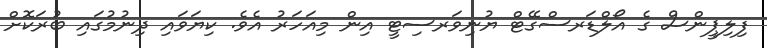
ފިލިޕީންސް ގެ އޯލްޑަރސްގޭޓް ޔުނިވަރސިޓީ އިން މިއަހަރު އެވެ. ކިޔަވައި ދިނުމުގައި ބުރަކޮށް